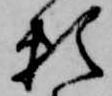
頼